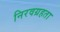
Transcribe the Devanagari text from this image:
निरवग्रहता